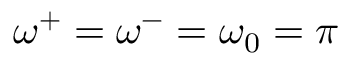
\omega ^ { + } = \omega ^ { - } = \omega _ { 0 } = \pi